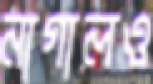
নাগালও